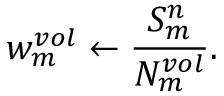
w _ { m } ^ { v o l } \leftarrow \frac { S _ { m } ^ { n } } { N _ { m } ^ { v o l } } .